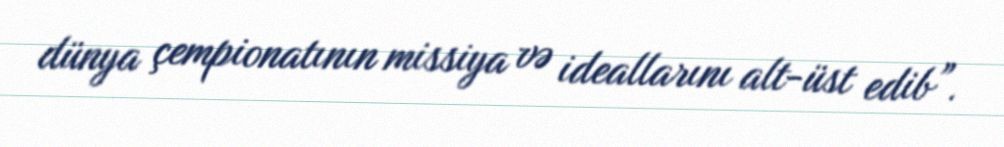
dünya çempionatının missiya və ideallarını alt-üst edib”.